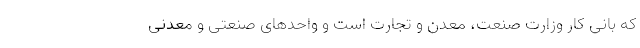
که بانی کار وزارت صنعت، معدن و تجارت است و واحدهای صنعتی و معدنی